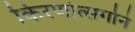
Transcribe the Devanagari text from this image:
किरणोत्‍सर्गाने